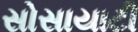
સોસાયાટી